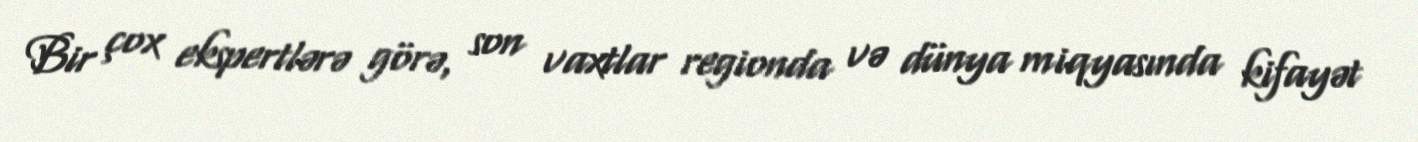
Bir çox ekspertlərə görə, son vaxtlar regionda və dünya miqyasında kifayət